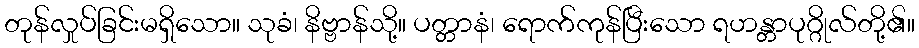
တုန်လှုပ်ခြင်းမရှိသော။ သုခံ၊ နိဗ္ဗာန်သို့။ ပတ္တာနံ၊ ရောက်ကုန်ပြီးသော ရဟန္တာပုဂ္ဂိုလ်တို့၏။